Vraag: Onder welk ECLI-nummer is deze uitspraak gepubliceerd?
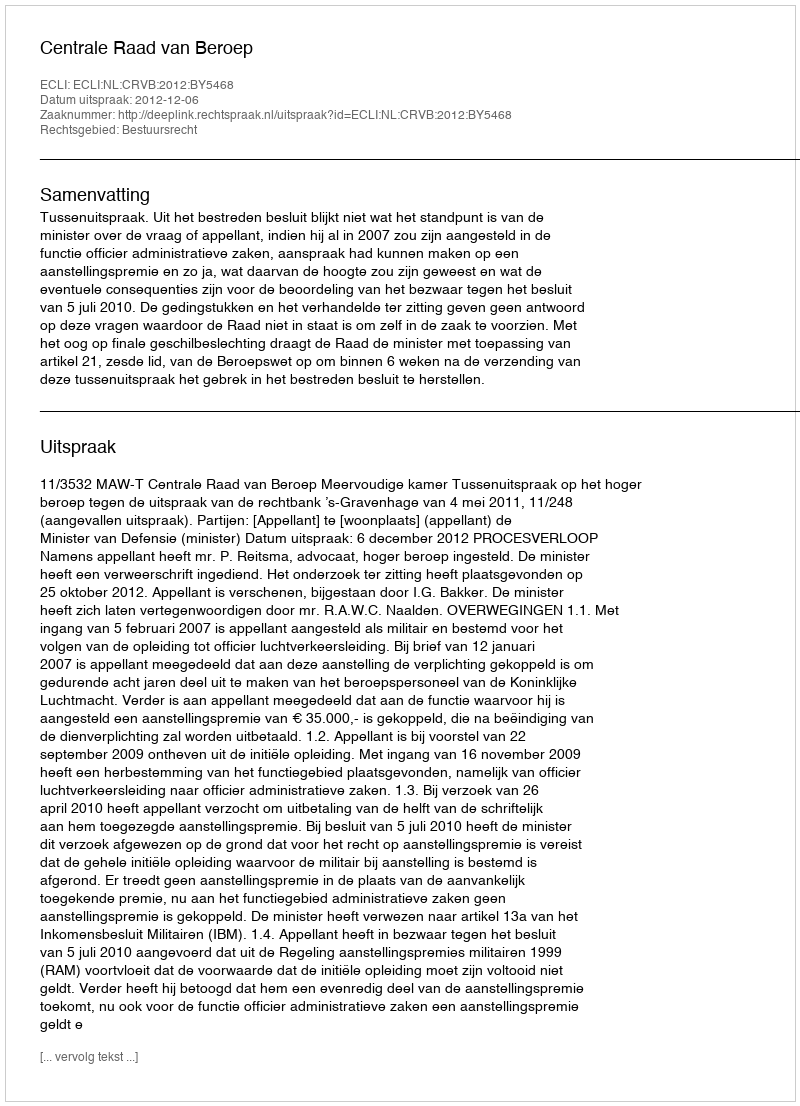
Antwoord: ECLI:NL:CRVB:2012:BY5468